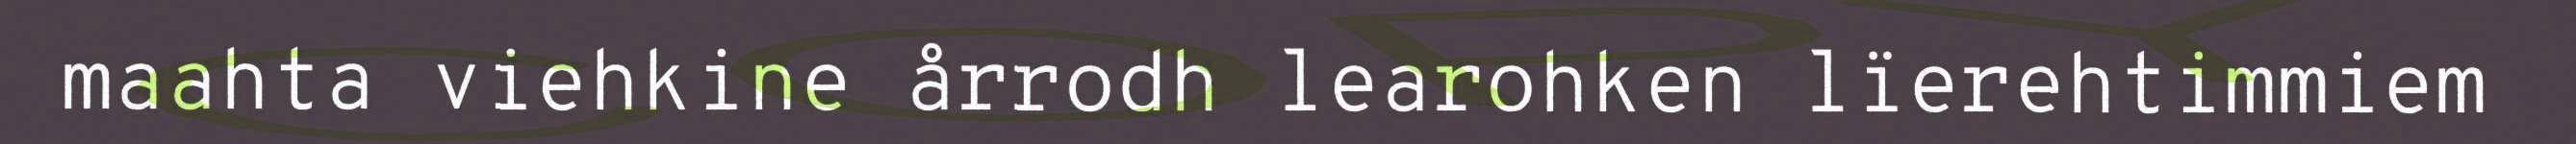
maahta viehkine årrodh learohken lïerehtimmiem